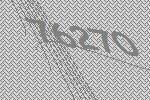
76270